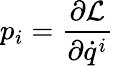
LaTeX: p_{i}={\frac{\partial{\mathcal{L}}}{\partial{\dot{q}}^{i}}}